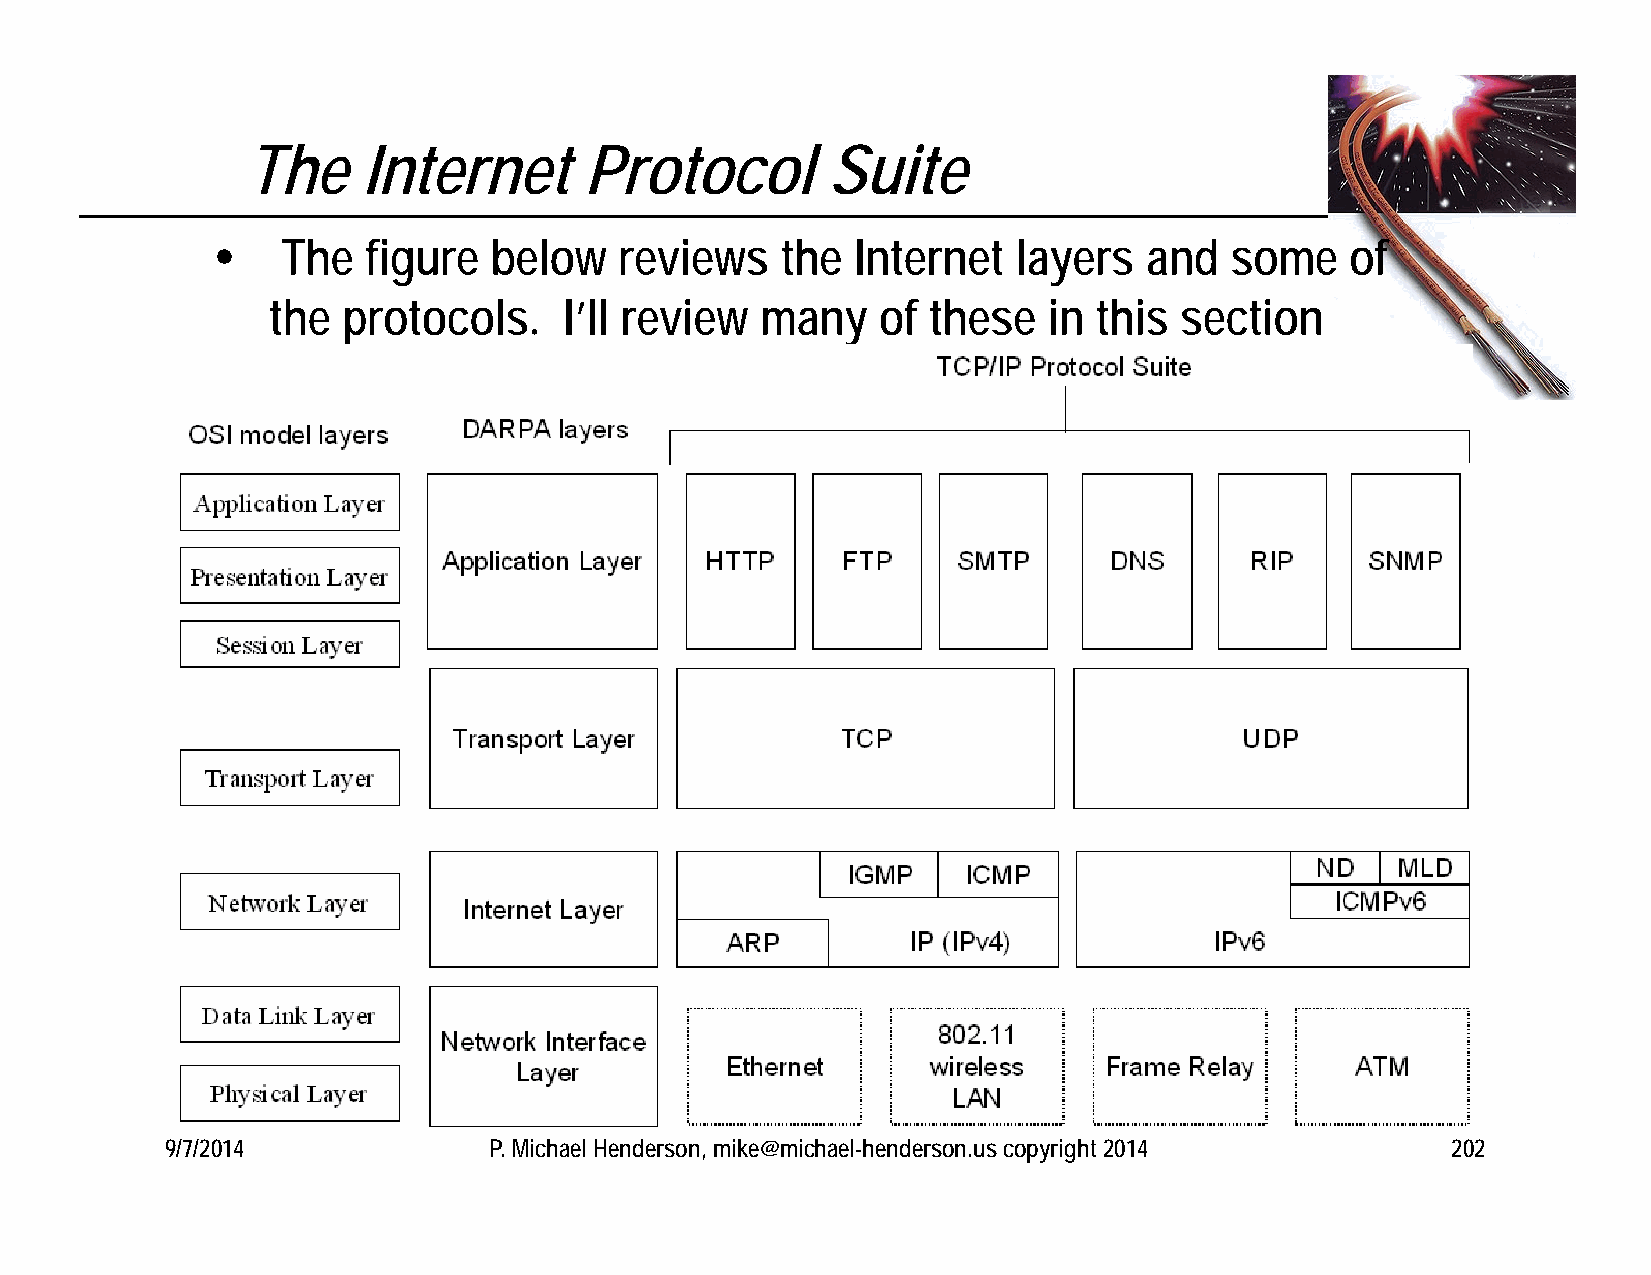
The     Internet       Protocol        Suite
     The  figure  below    reviews    the  Internet  layers   and  some    of
 the  protocols.    I’ll review  many    of these   in  this section
 9/7/2014             P. Michael Henderson, mike@michael-henderson.us copyright 2014  202